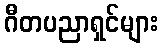
ဂီတပညာရှင်များ